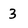
Character: 3